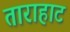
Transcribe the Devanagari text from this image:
ताराहाट